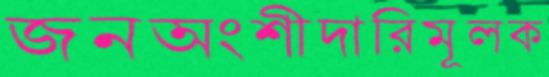
জনঅংশীদারিমূলক